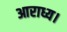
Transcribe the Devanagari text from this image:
आराध्य।